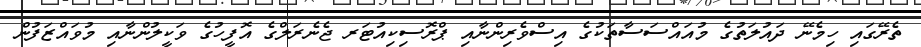
ތެރޭގައި ހިމެނޭ ދައުލަތުގެ މުއައްސަސާތަކުގެ އިސްވެރިންނާއި ޕްރޮސިކިއުޓަރ ޖެނެރަލްގެ އޮފީހުގެ ވަކީލުންނާއި މުވައްޒަފުން